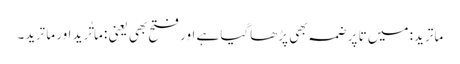
ماترید: میں تا پر ضمہ بھی پڑھاگیا ہے اور فتح بھی یعنی : ماتُرید اور ماتَرید۔